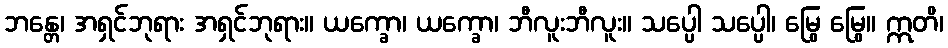
ဘန္တေ၊ အရှင်ဘုရား အရှင်ဘုရား။ ယက္ခော၊ ယက္ခော၊ ဘီလူးဘီလူး။ သပ္ပေါ သပ္ပေါ၊ မြွေ မြွေ။ ဣတိ၊